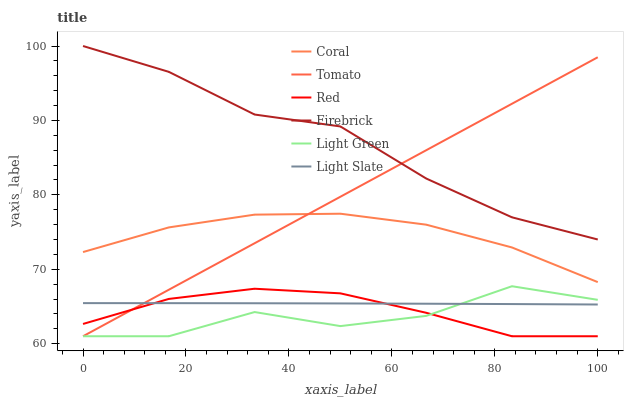
| xaxis_label | Coral | Tomato | Red | Firebrick | Light Green | Light Slate |
 | --- | --- | --- | --- | --- | --- | --- |
 | 0 | 72.3 | 61 | 62.7 | 100 | 61 | 65.5 |
 | 16.7 | 75.6 | 67.2 | 66 | 96.5 | 61 | 65.4 |
 | 33.3 | 77.3 | 73.5 | 67.4 | 90.8 | 64.3 | 65.4 |
 | 50 | 77.5 | 79.7 | 66.8 | 89.2 | 62.4 | 65.4 |
 | 66.7 | 76 | 86 | 64.2 | 82.2 | 63.7 | 65.4 |
 | 83.3 | 72.9 | 92.2 | 61 | 77 | 67.7 | 65.3 |
 | 100 | 68.3 | 98.5 | 61 | 74 | 65.9 | 65.3 |